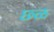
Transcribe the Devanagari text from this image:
छ्ळ